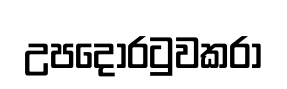
උපදොරටුවකරා